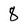
Character: 8